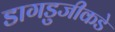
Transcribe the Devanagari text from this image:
डागडुजीकडे